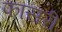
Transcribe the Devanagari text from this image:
फासरी